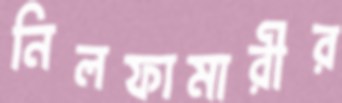
নিলফামারীর